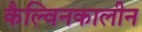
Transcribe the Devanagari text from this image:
कैल्विनकालीन